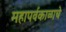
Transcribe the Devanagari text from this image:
महापर्वकाळाचे